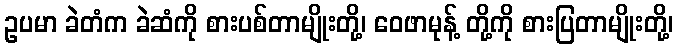
ဥပမာ ခဲတံက ခဲဆံကို စားပစ်တာမျိုးတို့၊ ဝေဖာမုန့် တို့ကို စားပြတာမျိုးတို့၊